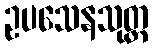
ဥပသေနသုတ္တ